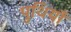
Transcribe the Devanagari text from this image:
पुथियाँ